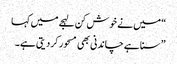
“ میں نے خوش کن لہجے میں کہا
” سنا ہے چاندنی بھی مسحور کر دیتی ہے۔